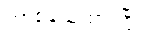
တာဝန်ယူထားပြီး